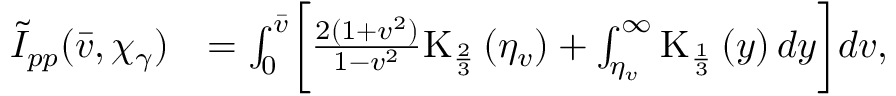
\begin{array} { r l } { \tilde { I } _ { p p } ( \bar { v } , \chi _ { \gamma } ) } & { = \int _ { 0 } ^ { \bar { v } } \biggl [ \frac { 2 ( 1 + v ^ { 2 } ) } { 1 - v ^ { 2 } } \mathrm { K } _ { \frac { 2 } { 3 } } \left( \eta _ { v } \right) + \int _ { \eta _ { v } } ^ { \infty } \mathrm { K } _ { \frac { 1 } { 3 } } \left( y \right) d y \biggr ] d v , } \end{array}